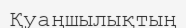
Қуаңшылықтың